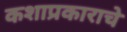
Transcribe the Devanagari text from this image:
कशाप्रकाराचे